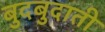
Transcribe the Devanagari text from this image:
बुदबुदाती